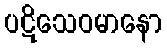
ပဋိသေဝမာနော